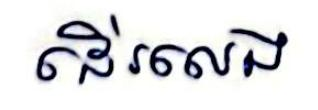
ដើរលេង